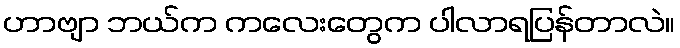
ဟာဗျာ ဘယ်က ကလေးတွေက ပါလာရပြန်တာလဲ။